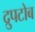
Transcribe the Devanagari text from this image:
द्रुपटोब